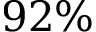
9 2 \%